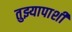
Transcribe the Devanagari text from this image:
तुझ्यापाशी